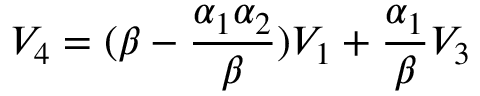
V _ { 4 } = ( \beta - \frac { \alpha _ { 1 } \alpha _ { 2 } } { \beta } ) V _ { 1 } + \frac { \alpha _ { 1 } } { \beta } V _ { 3 }